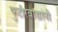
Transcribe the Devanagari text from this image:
फुटीरवाद्यांनी